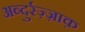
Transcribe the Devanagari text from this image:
अब्दुर्रज़्ज़ाक़